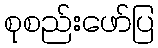
စုစည်းဖော်ပြ